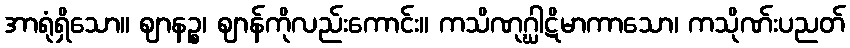
အာရုံရှိသော။ ဈာနဉ္စ၊ ဈာန်ကိုလည်းကောင်း။ ကသိဏုဂ္ဃါဋိမာကာသော၊ ကသိုဏ်းပညတ်